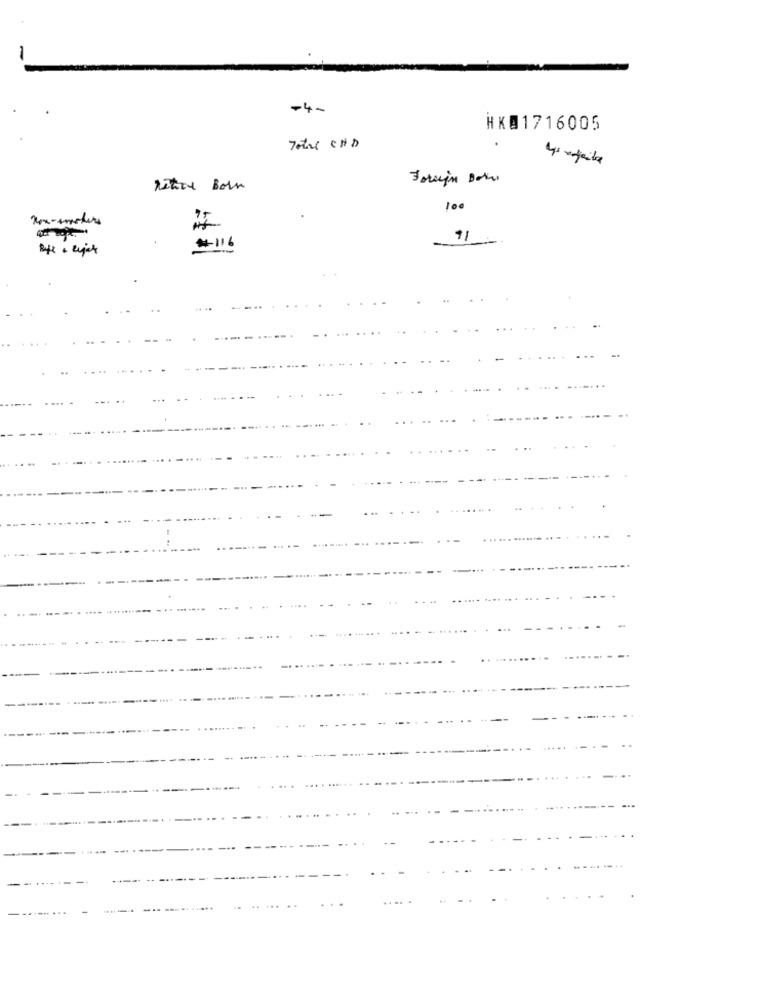
1
-4-
HK01716005
Total CHD
.
Retire Born
100
#116
.....